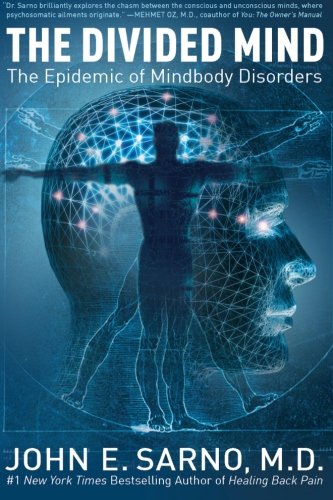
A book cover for The Divided Mind: The Epidemic of Mindbody Disorders; John E. Sarno; Medical Books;